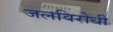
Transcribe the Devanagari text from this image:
जलविरोधी